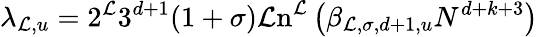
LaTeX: \lambda_{\mathcal{L},u}=2^{\mathcal{L}}3^{d+1}(1+\sigma)\mathrm{{\mathcal{L}n}}^{\mathcal{L}}\left(\beta_{\mathcal{L},\sigma,d+1,u}N^{d+k+3}\right)